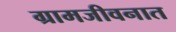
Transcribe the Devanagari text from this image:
ग्रामजीवनात